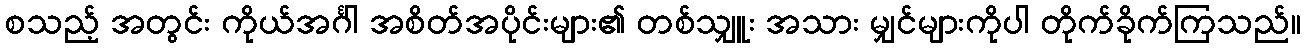
စသည့် အတွင်း ကိုယ်အင်္ဂါ အစိတ်အပိုင်းများ၏ တစ်သျှူး အသား မျှင်များကိုပါ တိုက်ခိုက်ကြသည်။